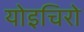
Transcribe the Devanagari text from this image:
योइचिरो